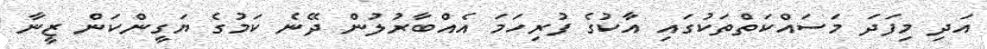
އަދި މިފަދަ މަސައްކަތްތަކުގައި އާކުގެ ފުރިހަމަ އެއްބާރުލުން ދޭނެ ކަމުގެ ޔަގީންކަން ޒީނާ